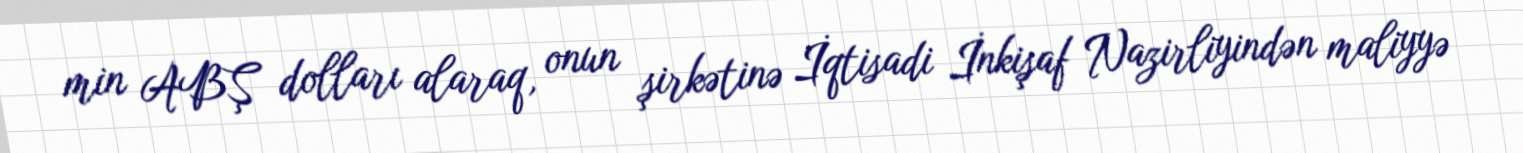
min ABŞ dolları alaraq, onun şirkətinə İqtisadi İnkişaf Nazirliyindən maliyyə